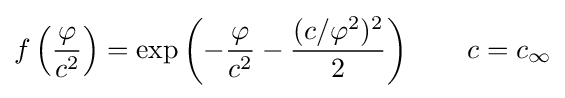
f\left({\frac {\varphi }{c^{2}}}\right)=\exp \left(-{\frac {\varphi }{c^{2}}}-{\frac {(c/\varphi ^{2})^{2}}{2}}\right)\qquad c=c_{\infty }